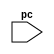
`timescale 1ns / 1ps
//////////////////////////////////////////////////////////////////////////////////
// Company: EECS 581 Team 11
// 
// Design Name: CSR Unit
// Module Name: csr
// Project Name: Linear Algebra Accelerator
// Target Devices: 
// Description: 
// 
// Revision:
// Additional Comments:
// 
//////////////////////////////////////////////////////////////////////////////////

module csr(
    input [31:0] pc
);
    reg[31:0] scause;
    reg[31:0] sepc;
    // todo: behavior
endmodule